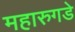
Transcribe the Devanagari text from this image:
महारुगडे